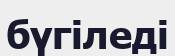
бүгіледі